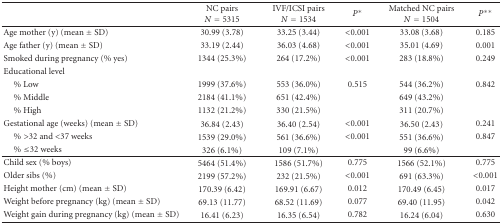
<table><thead><tr><td></td><td><b>NC pairs <i>N</i> = 5315</b></td><td><b>IVF/ICSI pairs <i>N</i> = 1534</b></td><td><b><i>P</i>*</b></td><td><b>Matched NC pairs <i>N</i> = 1504</b></td><td><b><i>P</i>**</b></td></tr></thead><tbody><tr><td>Age mother (y) (mean ± SD)</td><td>30.99 (3.78)</td><td>33.25 (3.44)</td><td>&lt;0.001</td><td>33.08 (3.68)</td><td>0.185</td></tr><tr><td>Age father (y) (mean ± SD)</td><td>33.19 (2.44)</td><td>36.03 (4.68)</td><td>&lt;0.001</td><td>35.01 (4.69)</td><td>0.001</td></tr><tr><td>Smoked during pregnancy (% yes)</td><td>1344 (25.3%)</td><td>264 (17.2%)</td><td>&lt;0.001</td><td>283 (18.8%)</td><td>0.249</td></tr><tr><td>Educational level</td><td></td><td></td><td></td><td></td><td></td></tr><tr><td> % Low</td><td>1999 (37.6%)</td><td>553 (36.0%)</td><td>0.515</td><td>544 (36.2%)</td><td>0.842</td></tr><tr><td> % Middle</td><td>2184 (41.1%)</td><td>651 (42.4%)</td><td></td><td>649 (43.2%)</td><td></td></tr><tr><td> % High</td><td>1132 (21.2%)</td><td>330 (21.5%)</td><td></td><td>311 (20.7%)</td><td></td></tr><tr><td>Gestational age (weeks) (mean ± SD)</td><td>36.84 (2.43)</td><td>36.40 (2.54)</td><td>&lt;0.001</td><td>36.50 (2.43)</td><td>0.241</td></tr><tr><td> % &gt;32 and &lt;37 weeks</td><td>1539 (29.0%)</td><td>561 (36.6%)</td><td>&lt;0.001</td><td>551 (36.6%)</td><td>0.847</td></tr><tr><td> % ≤32 weeks</td><td>326 (6.1%)</td><td>109 (7.1%)</td><td></td><td>99 (6.6%)</td><td></td></tr><tr><td>Child sex (% boys)</td><td>5464 (51.4%)</td><td>1586 (51.7%)</td><td>0.775</td><td>1566 (52.1%)</td><td>0.775</td></tr><tr><td>Older sibs (%)</td><td>2199 (57.2%)</td><td>232 (21.5%)</td><td>&lt;0.001</td><td>691 (63.3%)</td><td>&lt;0.001</td></tr><tr><td>Height mother (cm) (mean ± SD)</td><td>170.39 (6.42)</td><td>169.91 (6.67)</td><td>0.012</td><td>170.49 (6.45)</td><td>0.017</td></tr><tr><td>Weight before pregnancy (kg) (mean ± SD)</td><td>69.13 (11.77)</td><td>68.52 (11.69)</td><td>0.077</td><td>69.40 (11.95)</td><td>0.042</td></tr><tr><td>Weight gain during pregnancy (kg) (mean ± SD)</td><td>16.41 (6.23)</td><td>16.35 (6.54)</td><td>0.782</td><td>16.24 (6.04)</td><td>0.630</td></tr></tbody></table>